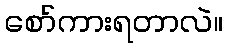
စော်ကားရတာလဲ။